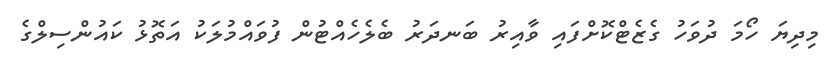
މިދިޔަ ހޯމަ ދުވަހު ގެޒެޓްކޮށްފައި ވާއިރު ބަނދަރު ބެލެހެއްޓުން ފުވައްމުލަކު އަތޮޅު ކައުންސިލްގެ